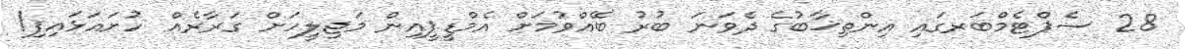
28 ސެޕްޓެމްބަރގައި އިންތިޚާބުގެ ދެވަނަ ބުރު ބޭއްވުމަށް އެމްޑީޕީއިން މަޖިލީހަށް ގަރާރެއް ހުށައަޅައިފި!